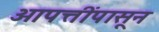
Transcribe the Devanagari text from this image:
आपत्तींपासून